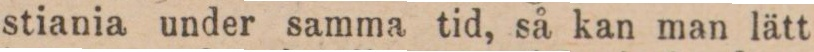
stiania under samma tid, så kan man lätt